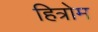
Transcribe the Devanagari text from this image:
हित्रोम